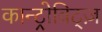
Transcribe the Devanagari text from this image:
कान्ट्रोविट्ज़